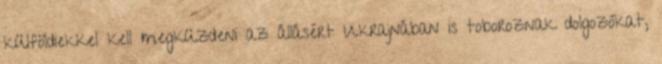
külföldiekkel kell megküzdeni az állásért Ukrajnában is toboroznak dolgozókat,